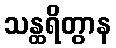
သန္ထရိတွာန